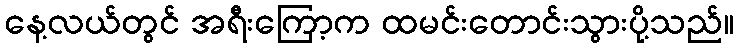
နေ့လယ်တွင် အရီးကြော့က ထမင်းတောင်းသွားပို့သည်။